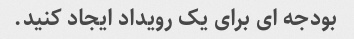
بودجه ای برای یک رویداد ایجاد کنید.